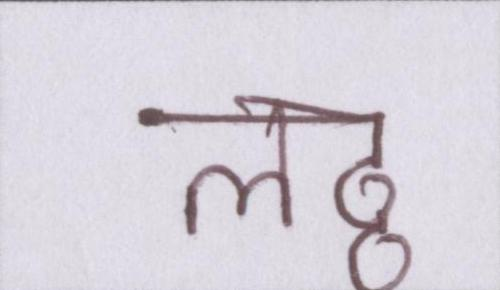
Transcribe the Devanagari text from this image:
लठ्ठ